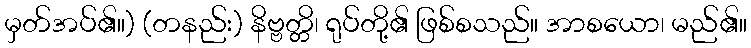
မှတ်အပ်၏။) (တနည်း) နိဗ္ဗတ္တိ၊ ရုပ်တို့၏ ဖြစ်စသည်။ အာစယော၊ မည်၏။